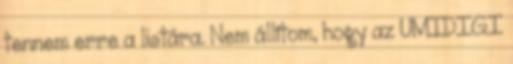
tennem erre a listára. Nem állítom, hogy az UMIDIGI